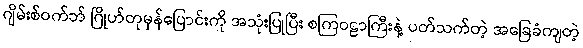
ဂျိမ်းစ်ဝက်ဘ် ဂြိုဟ်တုမှန်ပြောင်းကို အသုံးပြုပြီး စကြဝဠာကြီးနဲ့ ပတ်သက်တဲ့ အခြေခံကျတဲ့